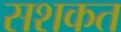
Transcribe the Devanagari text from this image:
सशकत